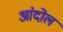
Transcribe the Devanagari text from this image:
आंदोल